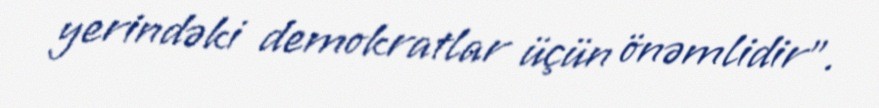
yerindəki demokratlar üçün önəmlidir”.